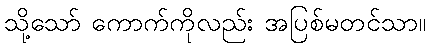
သို့သော် ကောက်ကိုလည်း အပြစ်မတင်သာ။